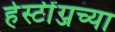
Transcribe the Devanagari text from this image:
हेस्टींग्जच्या